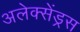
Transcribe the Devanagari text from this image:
अलेक्सेंड्रस